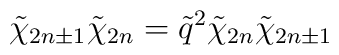
\tilde\chi_{2n\pm1}\tilde\chi_{2n}=\tilde q^2 \tilde\chi_{2n} \tilde\chi_{2n\pm1}